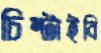
চিম্‌টাইবি